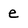
Character: e